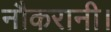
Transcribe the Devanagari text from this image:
नौकरानी।